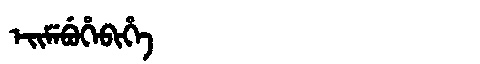
Manchu: ᡝᡳᠮᡝᠪᡠᡥᡝᠪᡳᡥᡝ
Romanization: EIMEBUHEBIHE